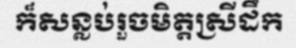
ក៏សន្លប់រួចមិត្តស្រីដឹក